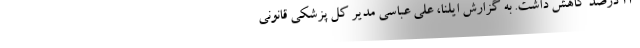
۲۳ درصد کاهش داشت. به گزارش ایلنا، علی عباسی مدیر کل پزشکی قانونی